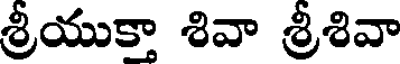
శ్రీయుక్తా శివా శ్రీశివా